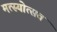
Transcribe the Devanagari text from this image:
मत्स्योत्सव